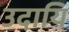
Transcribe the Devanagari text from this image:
उदायि